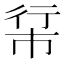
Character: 𪩵